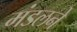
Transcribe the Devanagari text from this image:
मंडलने